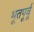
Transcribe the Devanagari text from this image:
भूतपूर्वू